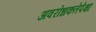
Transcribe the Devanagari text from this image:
अवरोधकतेपेक्षा